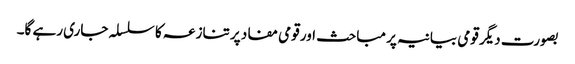
بصورت دیگر قومی بیانیہ پر مباحث اور قومی مفاد پر تنازعہ کا سلسلہ جاری رہے گا۔